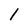
Character: 1